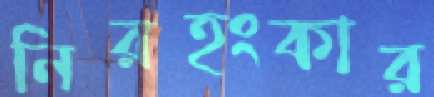
নিরহংকার